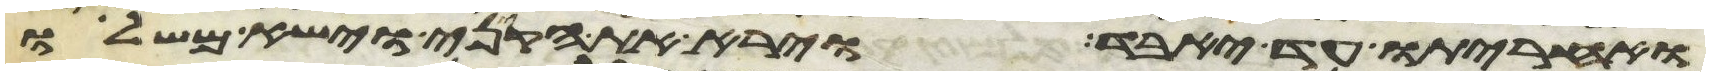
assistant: ואחריתו עד יאבד וירא את הקיני וישא משלו